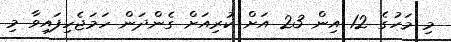
މި މަހުގެ 12 އިން 23 އަށް ކުރިއަށް ގެންދަން ހަމަޖެހިފައިވާ މި